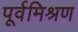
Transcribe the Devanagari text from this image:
पूर्वमिश्रण